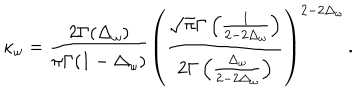
\kappa _ { \omega } = \frac { 2 \Gamma ( \Delta _ { \omega } ) } { \pi \Gamma ( 1 - \Delta _ { \omega } ) } \left( \frac { \sqrt { \pi } \Gamma \left( \frac { 1 } { 2 - 2 \Delta _ { \omega } } \right) } { 2 \Gamma \left( \frac { \Delta _ { \omega } } { 2 - 2 \Delta _ { \omega } } \right) } \right) ^ { 2 - 2 \Delta _ { \omega } } \, .